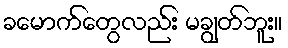
ခမောက်တွေလည်း မချွတ်ဘူး။